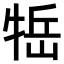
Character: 𤙿